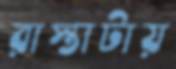
রাস্তাটায়